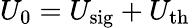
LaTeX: U_{0}=U_{\mathrm{sig}}+U_{\mathrm{th}}